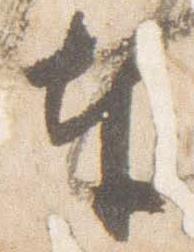
奉